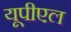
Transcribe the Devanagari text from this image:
यूपीएल